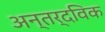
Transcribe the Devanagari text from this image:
अन्तर्दविक